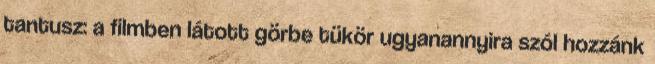
tantusz: a filmben látott görbe tükör ugyanannyira szól hozzánk